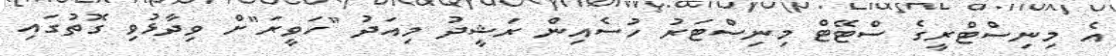
އެ މިނިސްޓްރީގެ ސްޓޭޓް މިނިސްޓަރު ހުސެއިން ރަޝީދު މިއަދު "ހަވީރަ"ށް ވިދާޅުވި ގޮތުގައި